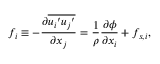
f _ { i } \equiv - \frac { \partial \overline { { { u _ { i } } ^ { \prime } { u _ { j } } ^ { \prime } } } } { \partial x _ { j } } = \frac { 1 } { \rho } \frac { \partial \phi } { \partial x _ { i } } + f _ { s , i } ,